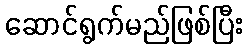
ဆောင်ရွက်မည်ဖြစ်ပြီး